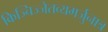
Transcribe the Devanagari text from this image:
किञ्चिज्जेतव्यमर्जुनात्र